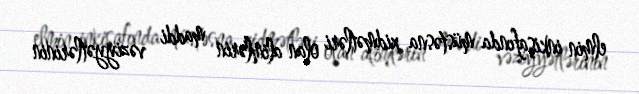
elmin inkişafında müstəsna xidmətləri olan alimlərin maddi vəziyyətlərinin